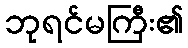
ဘုရင်မကြီး၏